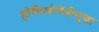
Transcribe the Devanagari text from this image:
होमिओपॅथीसुद्धा